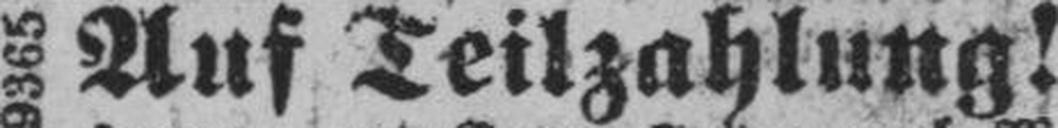
Auf Teilzahlung!